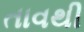
તાવથી